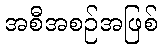
အစီအစဉ်အဖြစ်